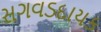
સગવડદાયક